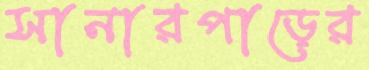
সানারপাড়ের